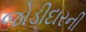
જોડીદારની